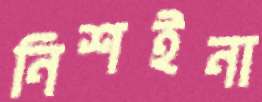
নিশইনা